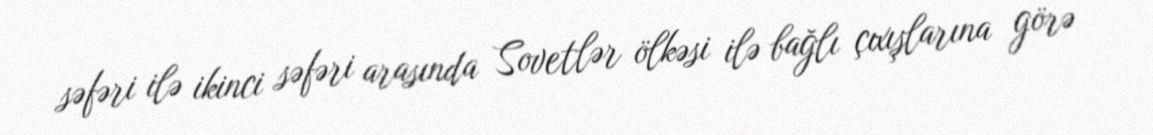
səfəri ilə ikinci səfəri arasında Sovetlər ölkəsi ilə bağlı çıxışlarına görə